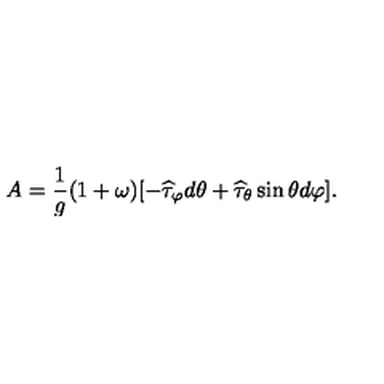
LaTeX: A = \frac { 1 } { g } ( 1 + \omega ) [ - \widehat \tau _ { \varphi } d \theta + \widehat \tau _ { \theta } \sin \theta d \varphi ] .